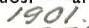
1901